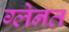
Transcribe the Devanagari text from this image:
ग्लेनत